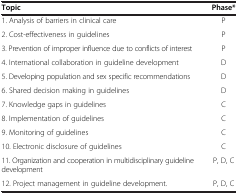
<table><thead><tr><td><b>Topic</b></td><td><b>Phase*</b></td></tr></thead><tbody><tr><td>1. Analysis of barriers in clinical care</td><td>P</td></tr><tr><td>2. Cost-effectiveness in guidelines</td><td>P</td></tr><tr><td>3. Prevention of improper influence due to conflicts of interest</td><td>P</td></tr><tr><td>4. International collaboration in guideline development</td><td>D</td></tr><tr><td>5. Developing population and sex specific recommendations</td><td>D</td></tr><tr><td>6. Shared decision making in guidelines</td><td>D</td></tr><tr><td>7. Knowledge gaps in guidelines</td><td>C</td></tr><tr><td>8. Implementation of guidelines</td><td>C</td></tr><tr><td>9. Monitoring of guidelines</td><td>C</td></tr><tr><td>10. Electronic disclosure of guidelines</td><td>C</td></tr><tr><td>11. Organization and cooperation in multidisciplinary guideline development</td><td>P, D, C</td></tr><tr><td>12. Project management in guideline development.</td><td>P, D, C</td></tr></tbody></table>